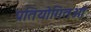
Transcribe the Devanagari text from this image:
प्रतियोगितओं